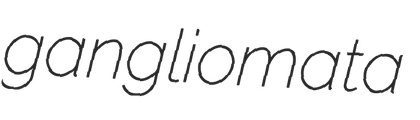
gangliomata